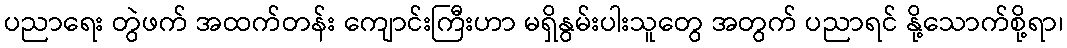
ပညာရေး တွဲဖက် အထက်တန်း ကျောင်းကြီးဟာ မရှိနွမ်းပါးသူတွေ အတွက် ပညာရင် နို့သောက်စို့ရာ၊